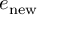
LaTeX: e _ { \mathrm { n e w } }